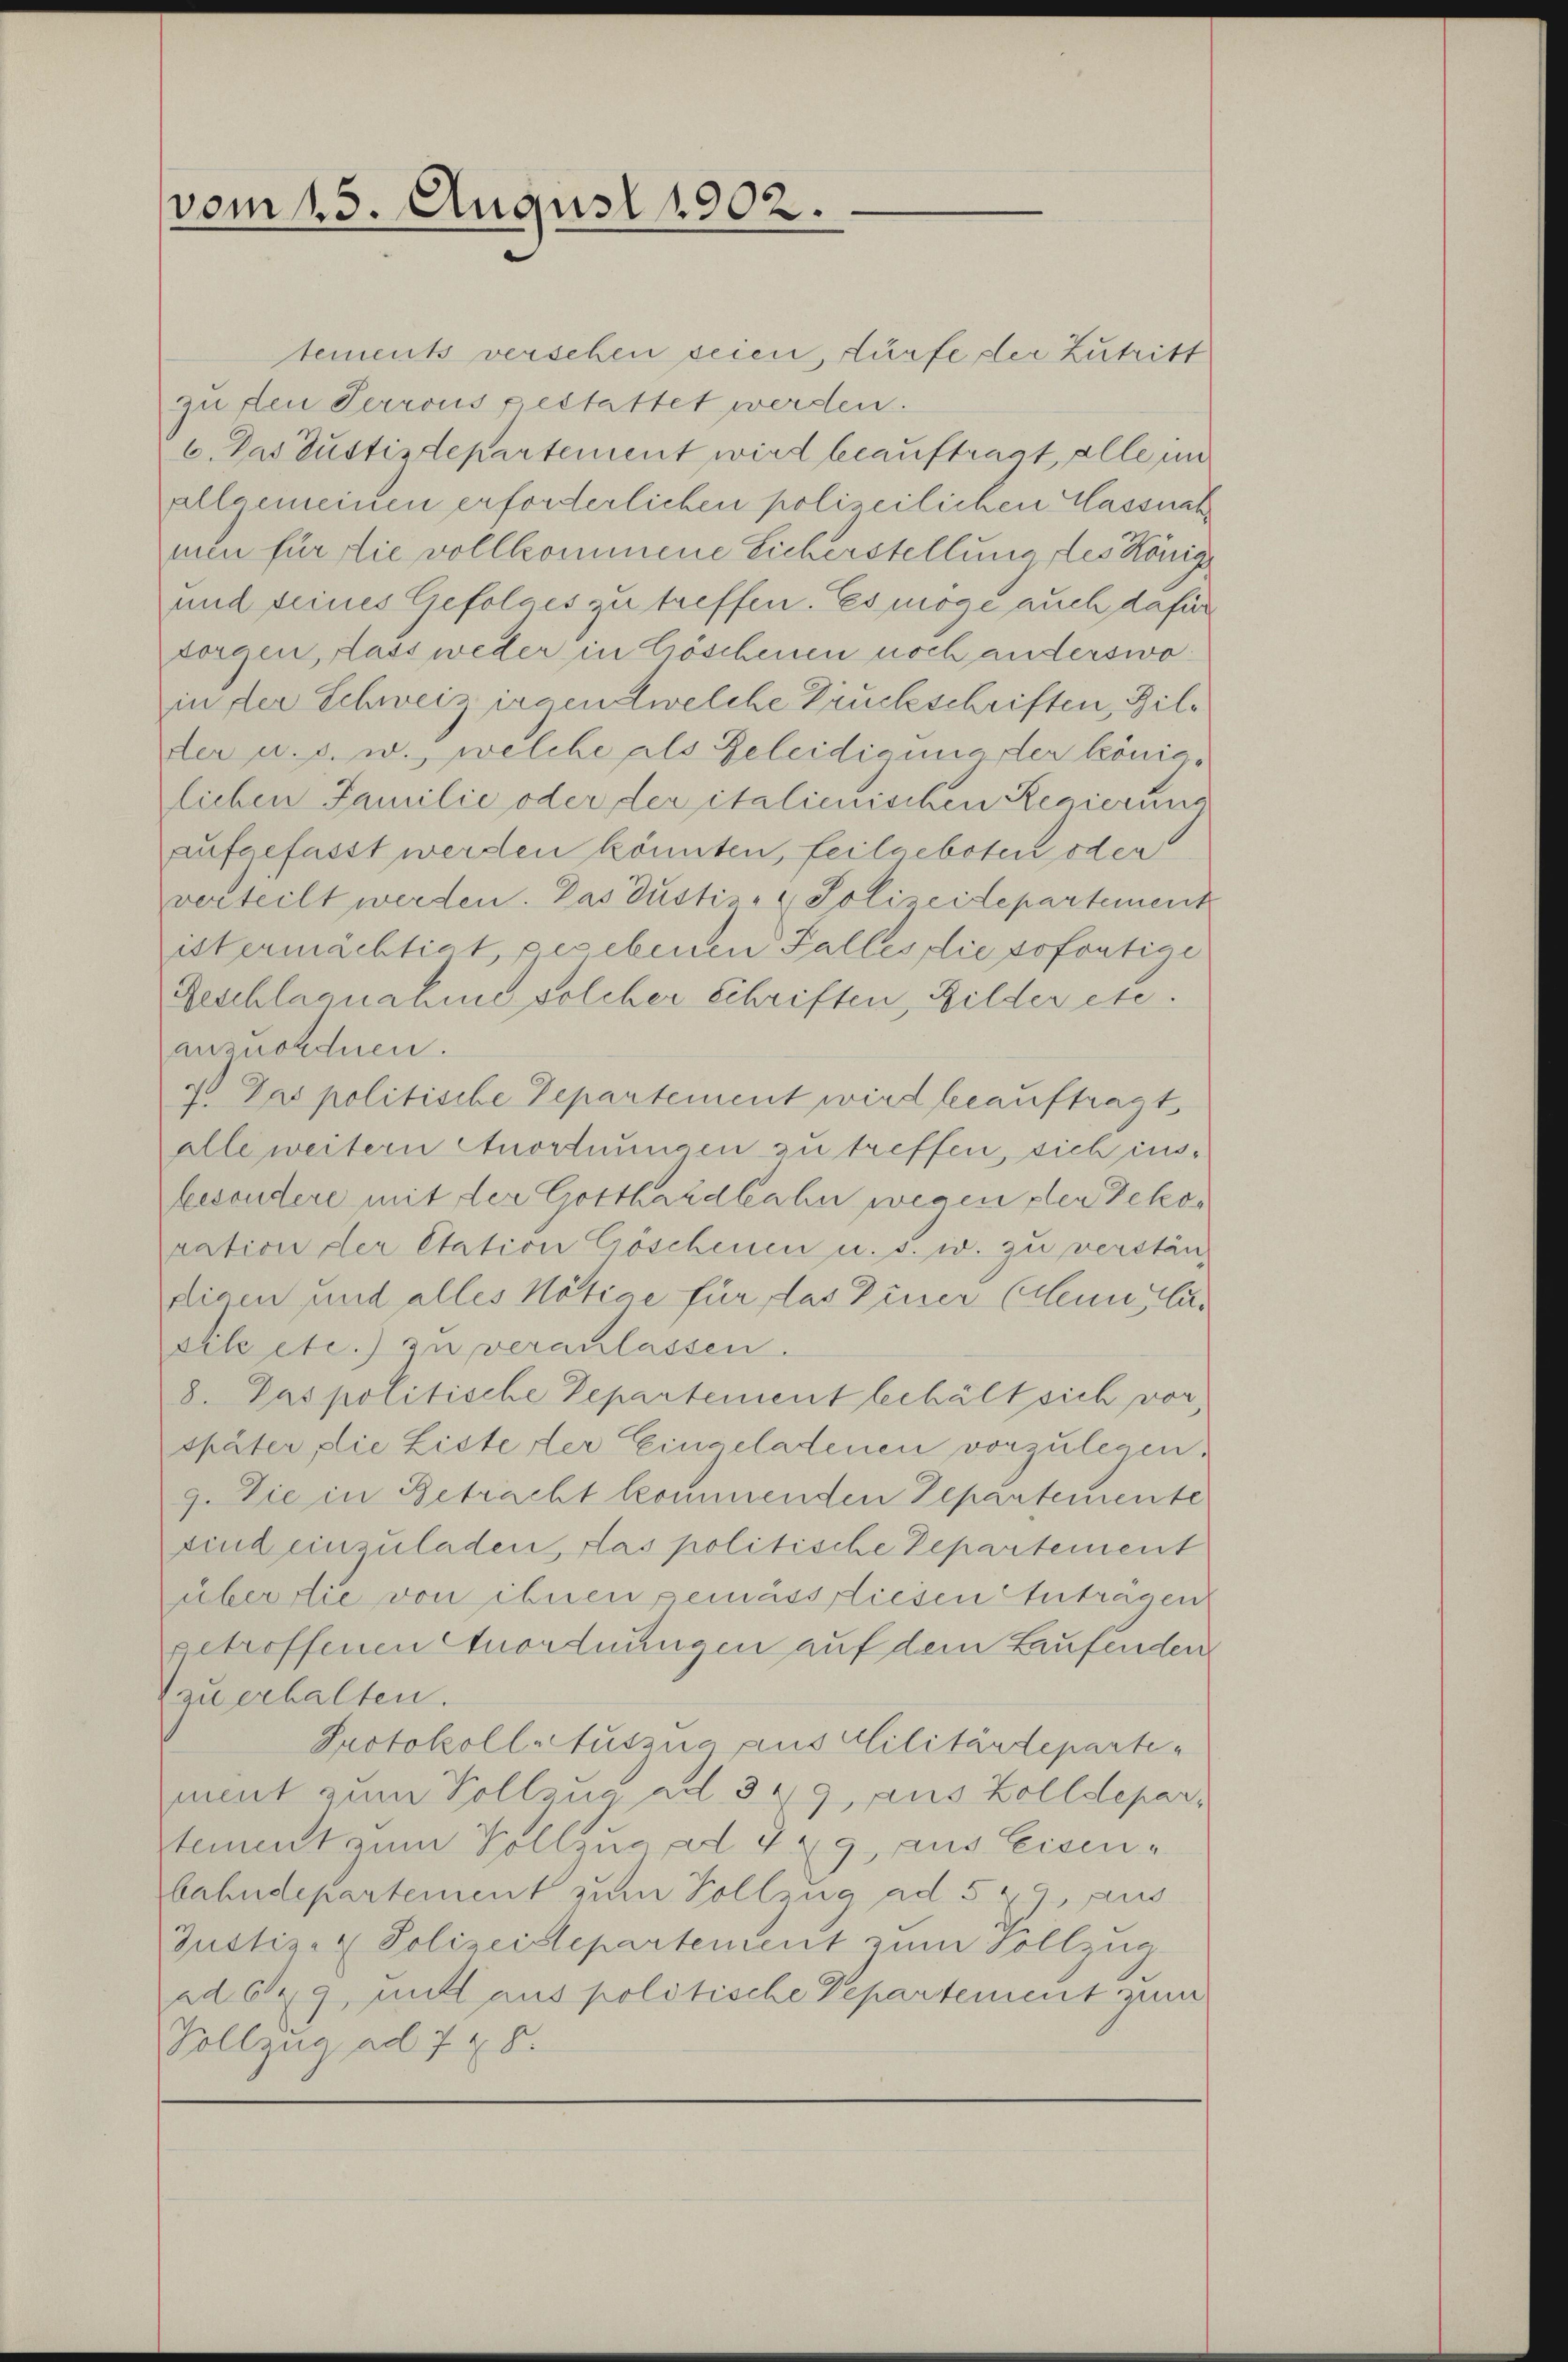
vom 15. August 1902.

tements verschen seien, dürfe ster Zutritt
zu den Perrous gestattet werden.
6. Das Justizdepartement wird beauftragt, alle in
allgemeinen erforderlichen polizeilichen Massnah
nen für die vollkommene Sicherstellung des König
und seines Gefolges zu treffen. Es möge auch dafür
sorgen, dass weder in Göschenen noch anderswoin der Schweiz irgend welche Druckschriften, Bilder u. s. w., welche als Geleidigung der königlichen Familie oder der italienischen Regierung
aufgefasst werden könnten, feilgeboten oder
verteilt werden. Das Justiz- & Polizeidepartement
ist ermächtigt, gegebenen Falles die sofortige
Geschlagnahme solcher Schriften, Bilder etc.
anzuordnen.
3 Das politische Departement wird beauftragt
alle weitern Anordnungen zu treffen, sich insbesondere mit der Gotthardbahn wegen der Dekos
ration der Etation Göschenen u. s. w. zu verstän-
digen und alles Nötiae für das Diner (denn Cur
sile etc.) zu veranlassen.
8. Das politische Departement behält sich vor,
später, die Liste der Eingeladenen vorzulegen.
9. Die in Betracht kommenden Departemente
sind einzuladen, das politische Departement
über die von ihnen gemäss diesen Anträgen
getroffenen Anordnungen auf dem Laufenden
zu erhalten.
Protokoll auszug aus Militärdeparte
ment zum Vollzue ad 349, aus Zolldepar
tement zum Vollzug ad 429, aus Eisenbahndepartement zum Vollzug ad 522, aus
Justiz- & Polizeidepartement zum Vollzug
ad 69, mitt aus politische Departement zum
Vollzug ad 728.